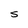
Character: S